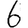
Digit: 6